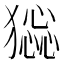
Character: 𤡧